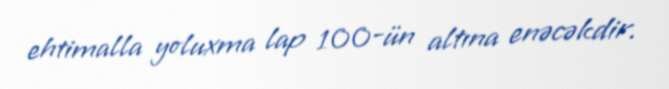
ehtimalla yoluxma lap 100-ün altına enəcəkdir.